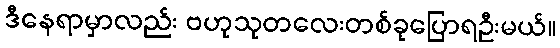
ဒီနေရာမှာလည်း ဗဟုသုတလေးတစ်ခုပြောရဦးမယ်။